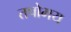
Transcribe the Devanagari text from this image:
तपोमय